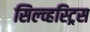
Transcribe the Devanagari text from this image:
सिल्व्हस्ट्रिस